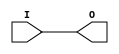
// $Header: /devl/xcs/repo/env/Databases/CAEInterfaces/verunilibs/data/unisims/IBUFG.v,v 1.7 2007/05/23 21:43:34 patrickp Exp $
///////////////////////////////////////////////////////////////////////////////
// Copyright (c) 1995/2004 Xilinx, Inc.
// All Right Reserved.
///////////////////////////////////////////////////////////////////////////////
//   ____  ____
//  /   /\/   /
// /___/  \  /    Vendor : Xilinx
// \   \   \/     Version : 10.1
//  \   \         Description : Xilinx Functional Simulation Library Component
//  /   /                  Input Clock Buffer
// /___/   /\     Filename : IBUFG.v
// \   \  /  \    Timestamp : Thu Mar 25 16:42:24 PST 2004
//  \___\/\___\
//
// Revision:
//    03/23/04 - Initial version.
//    05/23/07 - Changed timescale to 1 ps / 1 ps.

`timescale  1 ps / 1 ps


module IBUFG (O, I);

    parameter CAPACITANCE = "DONT_CARE";
    parameter IBUF_DELAY_VALUE = "0";
    parameter IOSTANDARD = "DEFAULT";

    output O;
    input  I;

    buf B1 (O, I);
    
    initial begin
	
        case (CAPACITANCE)

            "LOW", "NORMAL", "DONT_CARE" : ;
            default : begin
                          $display("Attribute Syntax Error : The attribute CAPACITANCE on IBUFG instance %m is set to %s.  Legal values for this attribute are DONT_CARE, LOW or NORMAL.", CAPACITANCE);
                          $finish;
                      end

        endcase


	case (IBUF_DELAY_VALUE)

            "0", "1", "2", "3", "4", "5", "6", "7", "8", "9", "10", "11", "12", "13", "14", "15", "16" : ;
            default : begin
                          $display("Attribute Syntax Error : The attribute IBUF_DELAY_VALUE on IBUFG instance %m is set to %s.  Legal values for this attribute are 0, 1, 2, ... or 16.", IBUF_DELAY_VALUE);
                          $finish;
                      end

        endcase

    end // initial begin
    
endmodule